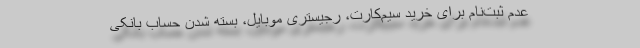
عدم ثبت‌نام برای خرید سیم‌کارت، رجیستری موبایل، بسته شدن حساب بانکی